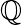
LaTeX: \boldsymbol{\mathbb{Q}}